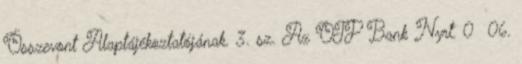
Összevont Alaptájékoztatójának. 3. sz. Az OTP Bank Nyrt. 0 06.